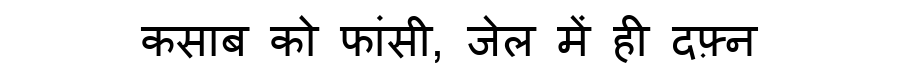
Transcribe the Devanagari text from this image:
कसाब को फांसी, जेल में ही दफ़्न